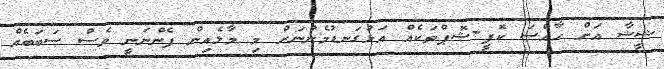
ޝީޝާ އަށް ހާއްސަ ކޮފީ-ޝޮޕްތަކެއް އަޅުގަނޑުމެންނަށް މި މާލެއިން ފެންނަނީ ވެސް ސަބަބެއް